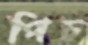
পিচ